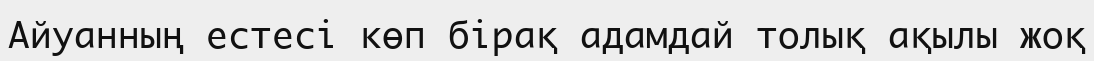
Айуанның естесі көп бірақ адамдай толық ақылы жоқ